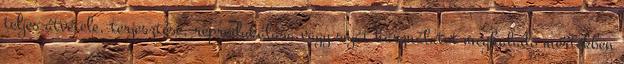
teljes átvétele, terjesztése, reprodukálása vagy saját használatot meghaladó mértékben